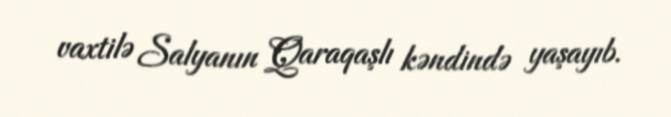
vaxtilə Salyanın Qaraqaşlı kəndində yaşayıb.